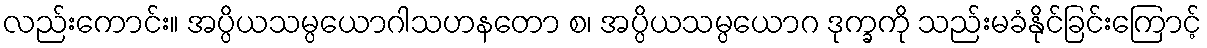
လည်းကောင်း။ အပ္ပိယသမ္ပယောဂါသဟနတော စ၊ အပ္ပိယသမ္ပယောဂ ဒုက္ခကို သည်းမခံနိုင်ခြင်းကြောင့်